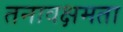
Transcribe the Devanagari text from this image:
तनावक्षमता